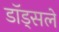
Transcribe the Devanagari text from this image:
डॉड्सले